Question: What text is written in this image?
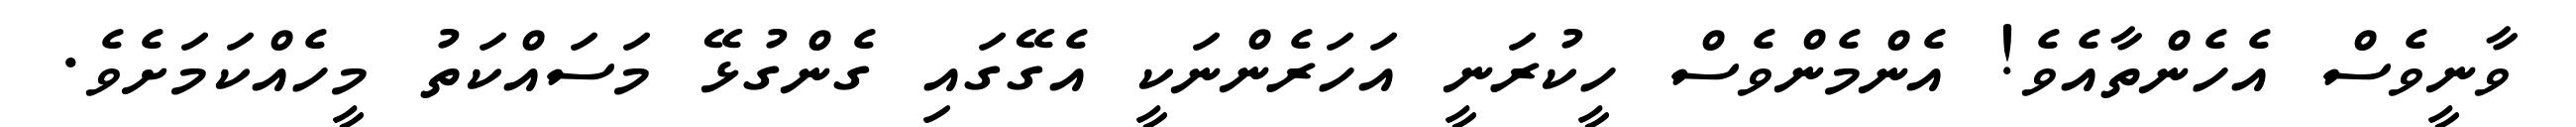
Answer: ވާނީވެސް އެހެންތާއެވެ! އެންމެންވެސް ހީކުރަނީ އަހަރެންނަކީ އެގޭގައި ގެންގުޅޭ މަސައްކަތު މީހެއްކަމަށެވެ.